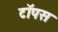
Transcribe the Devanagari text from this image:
टॉपस